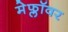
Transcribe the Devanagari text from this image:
मेफ्लॉवर